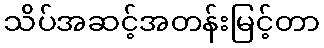
သိပ်အဆင့်အတန်းမြင့်တာ